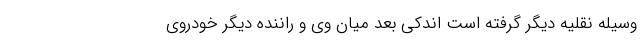
وسیله نقلیه دیگر گرفته است اندکی بعد میان وی و راننده دیگر خودروی